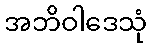
အဘိဝါဒေသုံ